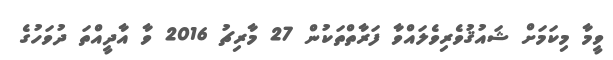
ވީމާ މިކަމަށް ޝައުޤުވެރިވެލައްވާ ފަރާތްތަކުން 27 މާރިޗު 2016 ވާ އާދީއްތަ ދުވަހުގެ